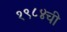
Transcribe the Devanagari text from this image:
१९८४ची